Medical and sanitary report of the native army of Madras for the year
Year: 1878
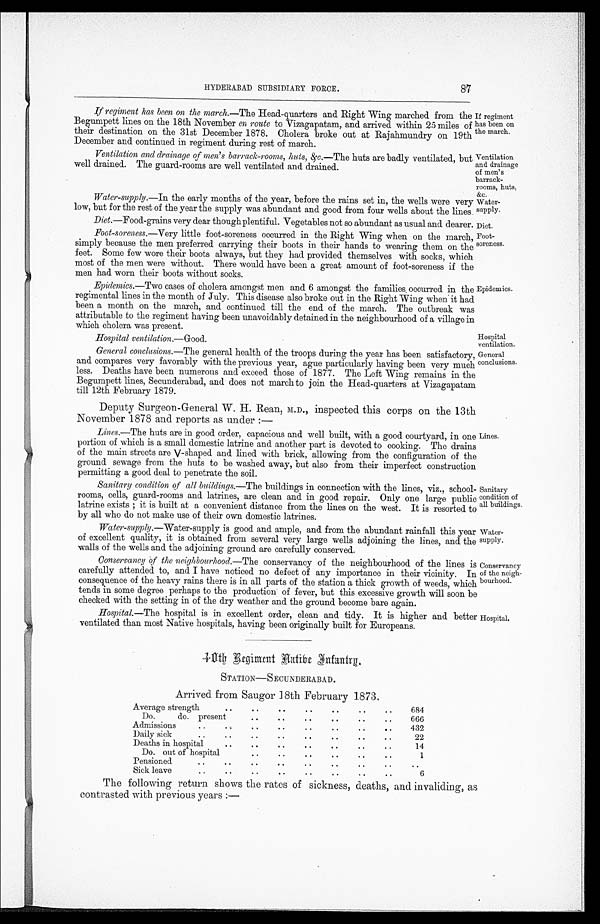
If regiment
has been on
the march.
Ventilation
and drainage
of men's
barrack-
rooms, huts,
&c.
Water-
supply.
HYDERABAD SUBSIDIARY FORCE.
87
If regiment has been on the march.—The Head-quarters and Right Wing marched from the
Begumpett lines on the 18th November en route to Vizagapatam, and arrived within 25 miles of
their destination on the 31st December 1878. Cholera broke out at Rajahmundry on 19th
December and continued in regiment during rest of march.
Ventilation and drainage of men's barrack-rooms, huts, &c.—The huts are badly ventilated, but
well drained. The guard-rooms are well ventilated and drained.
Water-supply.—In the early months of the year, before the rains set in, the wells were very
low, but for the rest of the year the supply was abundant and good from four wells about the lines.
Diet.—Food-grains very dear though plentiful. Vegetables not so abundant as usual and dearer.
Foot-soreness. —Very little foot-soreness occurred in the Right Wing when on the march,
simply because the men preferred carrying their boots in their hands to wearing them on the
feet. Some few wore their boots always, but they had provided themselves with socks, which
most of the men were without. There would have been a great amount of foot-soreness if the
men had worn their boots without socks.
Epidemics.—Two cases of cholera amongst men and 6 amongst the families, occurred in the
regimental lines in the month of July. This disease also broke out in the Right Wing when it had
been a month on the march, and continued till the end of the march. The outbreak was
attributable to the regiment having been unavoidably detained in the neighbourhood of a village in
which cholera was present.
Hospital ventilation.—Good.
General conclusions.—The general health of the troops during the year has been satisfactory,
and compares very favorably with the previous year, ague particularly having been very much
less. Deaths have been numerous and exceed those of 1877. The Left Wing remains in the
Begumpett lines, Secunderabad, and does not march to join the Head-quarters at Vizagapatam
till 12th February 1879.
Deputy Surgeon-General W. H. Rean, M.D., inspected this corps on the 13th
November 1878 and reports as under :-
Lines.—The huts are in good order, capacious and well built, with a good courtyard, in one
portion of which is a small domestic latrine and another part is devoted to cooking. The drains
of the main streets are V-shaped and lined with brick, allowing from the configuration of the
ground sewage from the huts to be washed away, but also from their imperfect construction
permitting a good deal to penetrate the soil.
Sanitary condition, of all
buildings— The buildings in connection with the lines, viz., school.
rooms, cells, guard-rooms and latrines, are clean and in good repair. Only one large public
latrine exists it is built at a convenient distance from the lines on the west. It is resorted tc
by all who do not make use of their own domestic latrines.
Water-suppiy.—Water-supply is good and ample, and from the abundant rainfall this yea]
of excellent quality, it is obtained from several very large wells adjoining the lines, and the
walls of the wells and the adjoining ground are carefully conserved.
Conservancy of the neighbourhood.—The conservancy of the neighbourhood of the lines is
carefully attended to, and I have noticed no defect of any importance in their vicinity. In
consequence of the heavy rains there is in all parts of the station a thick growth of weeds, which
tends in some degree perhaps to the production of fever, but this excessive growth will soon be
checked with the setting in of the dry weather and the ground become bare again.
Hospital.—The hospital is in excellent order, clean and tidy. It is higher and better
ventilated than most Native hospitals, having been originally built for Europeans.
Epidemics.
Hospital
ventilation.
General
conclusions.
Lines.
Sanitary
condition of
all buildings.
Water-
supply.
Conservancy
of the neigh-
bourhood.
Hospital.
Diet.
Foot-
soreness.
10th Regiment Native Infantrg,
STATION—SECUNDERABAD.
Arrived from Saugor 18th February 1873.
Average strength
..
.. ..
..
..
..
..
684
Do.
do. present
.. .. .. .. .. ..
666
Admissions
..
..
.
.
..
..
..
.
432
Daily sick
..
..
.. .. .. .. .. ..
22
Deaths in hospital
.. .. .. .. .. .. ..
14
Do. out of hospital
.. .. .. .. .. ..
1
Pensioned
.. .. .. .. .. .. ..
..
..
Sick leave
..
..
..
..
..
..
..
..
6
The following return shows the rates of sickness, deaths, and invaliding, as
contrasted with previous years:—